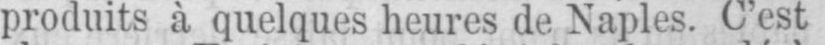
produits à quelques heures de Naples. C’est